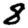
Digit: 8